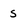
Character: s